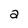
Character: 2